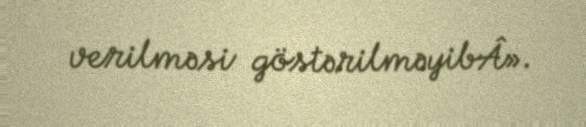
verilməsi göstərilməyibÂ».